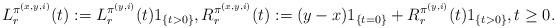
LaTeX: \begin{align*}L^{\pi^{(x,y,i)}}_{r}(t) := L^{\pi^{(y,i)}}_{r}(t) 1_{\lbrace t>0 \rbrace}, R^{\pi^{(x,y,i)}}_{r}(t):= (y-x)1_{\lbrace t=0 \rbrace} + R^{\pi^{(y,i)}}_{r}(t) 1_{\lbrace t>0 \rbrace}, t\geq 0.\end{align*}